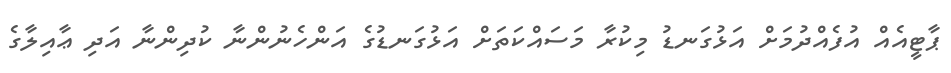
ޕާޓީއެއް އުފެއްދުމަށް އަޅުގަނޑު މިކުރާ މަސައްކަތަށް އަޅުގަނޑުގެ އަންހެނުންނާ ކުދިންނާ އަދި ޢާއިލާގެ